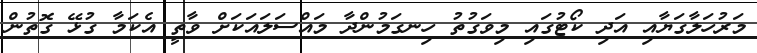
މަރުހަލާގަޔާއި އަދި ކޯޓުގައި މިވަގުތު ހިނގަމުންދާ މައްސަލައަކަށް ވާތީ އެކަމާ ގުޅޭ ގޮތުން